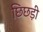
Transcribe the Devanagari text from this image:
छिछड़ी